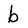
Character: b